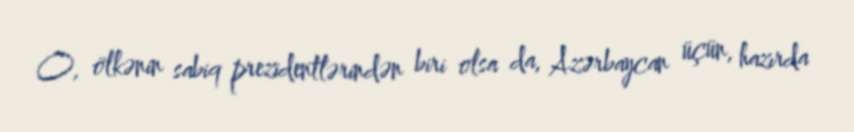
O, ölkənin sabiq prezidentlərindən biri olsa da, Azərbaycan üçün, hazırda